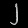
Digit: ၂